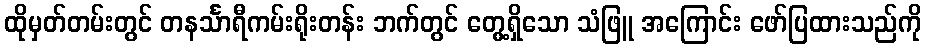
ထိုမှတ်တမ်းတွင် တနင်္သာရီကမ်းရိုးတန်း ဘက်တွင် တွေ့ရှိသော သံဖြူ အကြောင်း ဖော်ပြထားသည်ကို